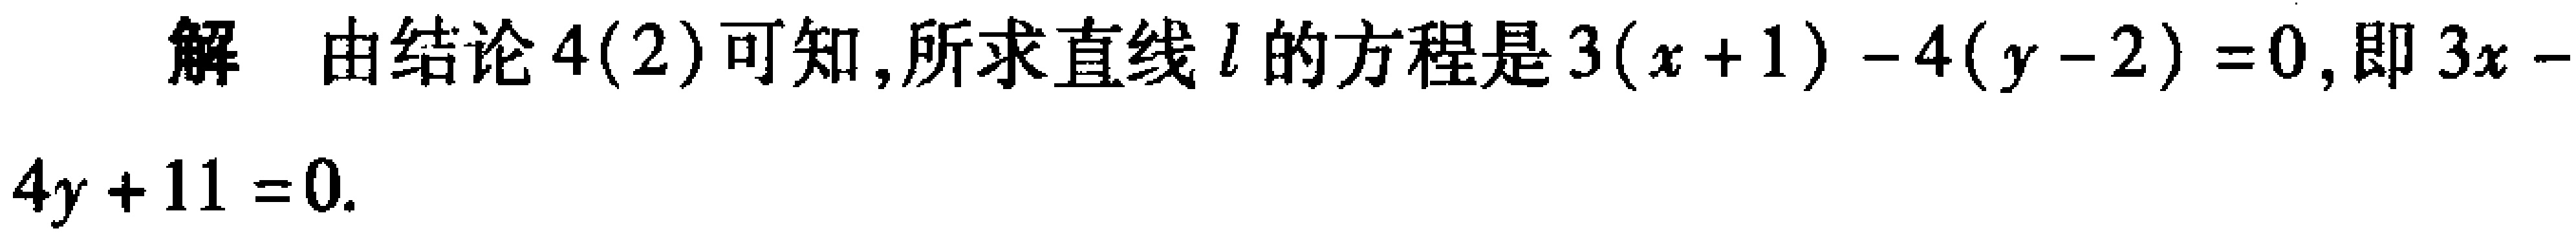
解 由结论4(2)可知,所求直线\(l\)的方程是\(3(x + 1) - 4(y - 2) = 0\),即\(3x - 4y + 11 = 0\).